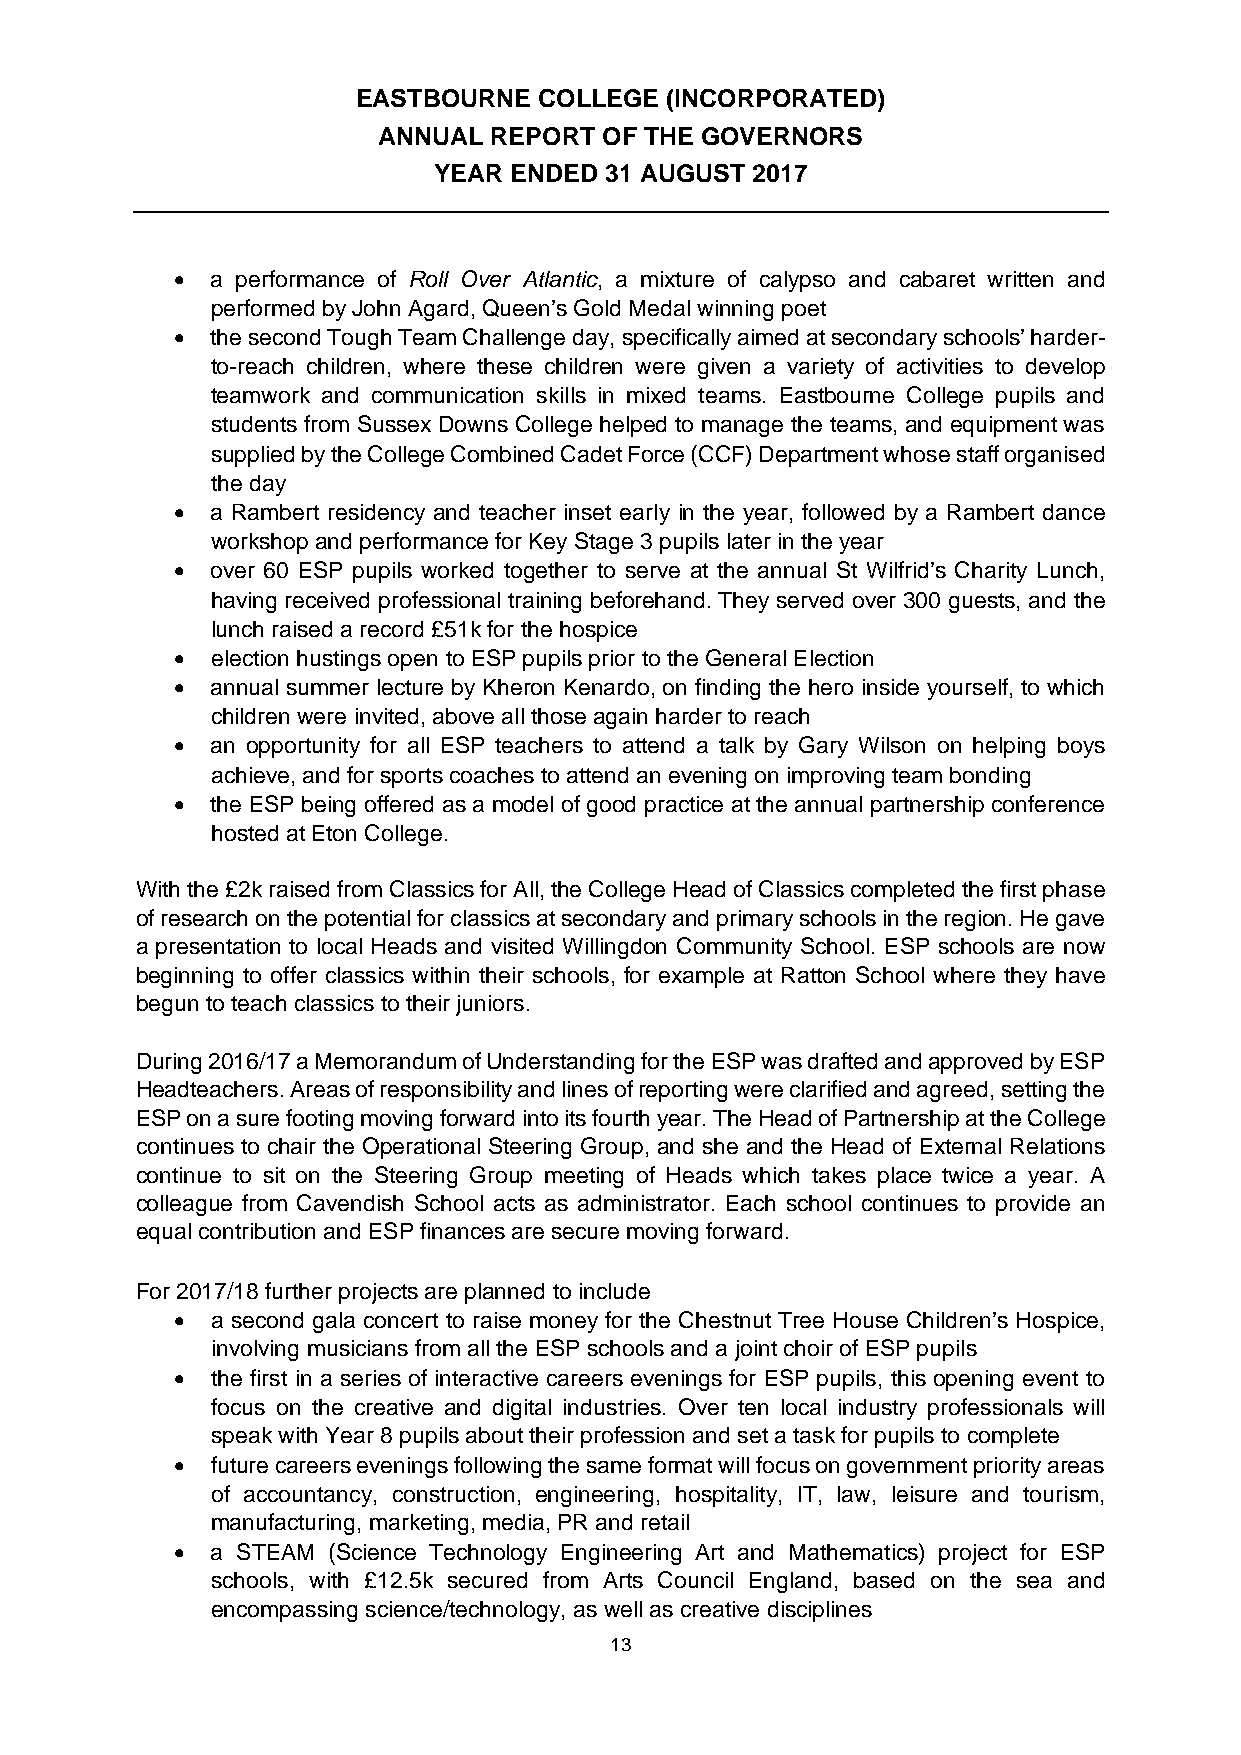
EASTBOURNE  COLLEGE (INCORPORATED)
 ANNUAL REPORT  OF THE GOVERNORS
 YEAR ENDED 31 AUGUST 2017
   a performance of Roll Over Atlantic, a mixture of calypso and cabaret written and
 performed by John Agard, Queen’s Gold Medal winning poet
   the second Tough Team Challenge day, specifically aimed at secondary schools’ harder-
 to-reach children, where these children were given a variety of activities to develop
 teamwork and communication skills in mixed teams. Eastbourne College pupils and
 students from Sussex Downs College helped to manage the teams, and equipment was
 supplied by the College Combined Cadet Force (CCF) Department whose staff organised
 the day
   a Rambert residency and teacher inset early in the year, followed by a Rambert dance
 workshop and performance for Key Stage 3 pupils later in the year
   over 60 ESP pupils worked together to serve at the annual St Wilfrid’s Charity Lunch,
 having received professional training beforehand. They served over 300 guests, and the
 lunch raised a record £51k for the hospice
   election hustings open to ESP pupils prior to the General Election
   annual summer lecture by Kheron Kenardo, on finding the hero inside yourself, to which
 children were invited, above all those again harder to reach
   an opportunity for all ESP teachers to attend a talk by Gary Wilson on helping boys
 achieve, and for sports coaches to attend an evening on improving team bonding
   the ESP being offered as a model of good practice at the annual partnership conference
 hosted at Eton College.
 With the £2k raised from Classics for All, the College Head of Classics completed the first phase
 of research on the potential for classics at secondary and primary schools in the region. He gave
 a presentation to local Heads and visited Willingdon Community School. ESP schools are now
 beginning to offer classics within their schools, for example at Ratton School where they have
 begun to teach classics to their juniors.
 During 2016/17 a Memorandum of Understanding for the ESP was drafted and approved by ESP
 Headteachers. Areas of responsibility and lines of reporting were clarified and agreed, setting the
 ESP on a sure footing moving forward into its fourth year. The Head of Partnership at the College
 continues to chair the Operational Steering Group, and she and the Head of External Relations
 continue to sit on the Steering Group meeting of Heads which takes place twice a year. A
 colleague from Cavendish School acts as administrator. Each school continues to provide an
 equal contribution and ESP finances are secure moving forward.
 For 2017/18 further projects are planned to include
   a second gala concert to raise money for the Chestnut Tree House Children’s Hospice,
 involving musicians from all the ESP schools and a joint choir of ESP pupils
   the first in a series of interactive careers evenings for ESP pupils, this opening event to
 focus on the creative and digital industries. Over ten local industry professionals will
 speak with Year 8 pupils about their profession and set a task for pupils to complete
   future careers evenings following the same format will focus on government priority areas
 of accountancy, construction, engineering, hospitality, IT, law, leisure and tourism,
 manufacturing, marketing, media, PR and retail
   a STEAM (Science Technology Engineering Art and Mathematics) project for ESP
 schools, with £12.5k secured from Arts Council England, based on the sea and
 encompassing science/technology, as well as creative disciplines
 13